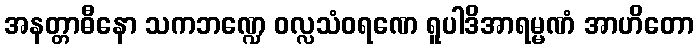
အနတ္တာဓီနော သကဘဏ္ဍေ ဝလ္လသံဝရဏေ ရူပါဒိအာရမ္မဏံ အာဟိတော